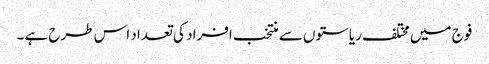
فوج میں مختلف ریاستوں سے منتخب افراد کی تعداد اس طرح ہے۔